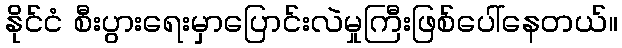
နိုင်ငံ စီးပွားရေးမှာပြောင်းလဲမှုကြီးဖြစ်ပေါ်နေတယ်။